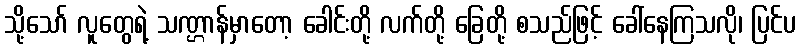
သို့သော် လူတွေရဲ့ သဏ္ဌာန်မှာတော့ ခေါင်းတို့ လက်တို့ ခြေတို့ စသည်ဖြင့် ခေါ်နေကြသလို၊ ပြင်ပ